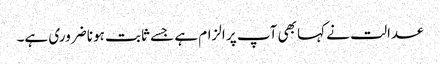
عدالت نے کہا بھی آپ پر الزام ہے جسے ثابت ہونا ضروری ہے۔